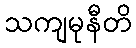
သကျမုနီတိ